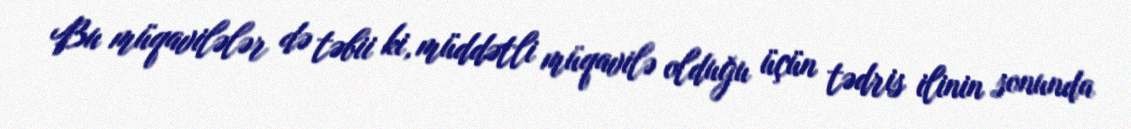
Bu müqavilələr də təbii ki, müddətli müqavilə olduğu üçün tədris ilinin sonunda